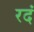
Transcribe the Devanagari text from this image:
रदं